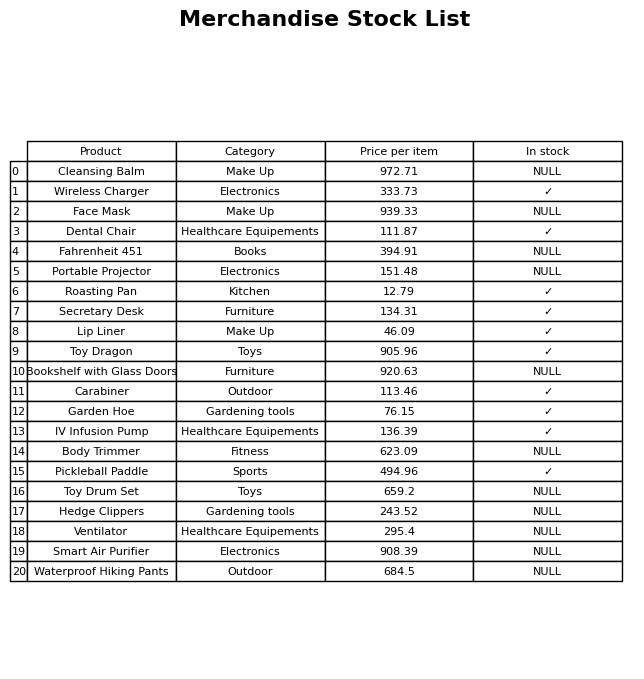
question: What is the stock status of the Smart Air Purifier?
answer: NULL